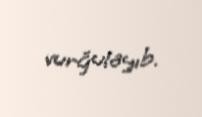
vurğulayıb.